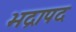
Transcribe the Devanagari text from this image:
भद्रापद